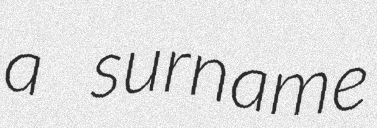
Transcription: a surname